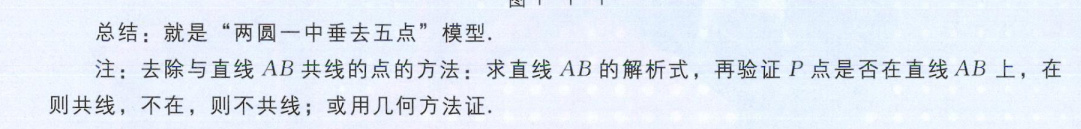
总结：就是“两圆一中垂去五点”模型.
注：去除与直线 \(AB\) 共线的点的方法：求直线 \(AB\) 的解析式，再验证 \(P\) 点是否在直线 \(AB\) 上，在则共线，不在，则不共线；或用几何方法证.